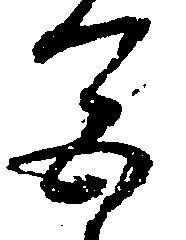
色